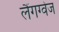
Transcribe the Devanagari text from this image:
लैंगग्वेज